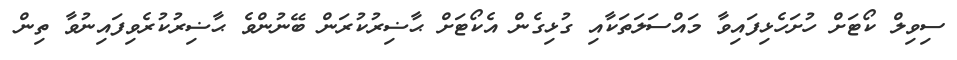
ސިވިލް ކޯޓަށް ހުށަހެޅިފައިވާ މައްސަލަތަކާއި ގުޅިގެން އެކޯޓަށް ޙާޟިރުކުރަން ބޭނުންވެ ޙާޟިރުކުރެވިފައިނުވާ ތިން